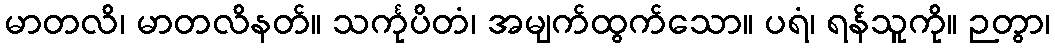
မာတလိ၊ မာတလိနတ်။ သင်္ကုပိတံ၊ အမျက်ထွက်သော။ ပရံ၊ ရန်သူကို။ ဉတွာ၊